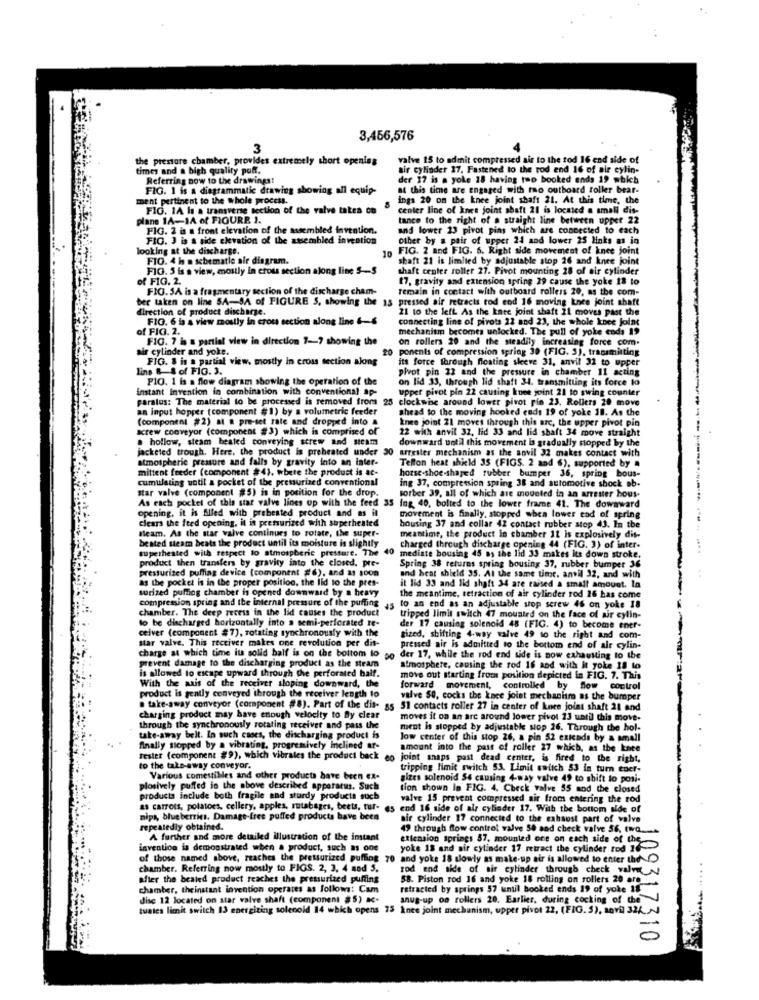
3,456,576
3
the prestare chamber, provides extremely short opening
valve 15 to admit compressed air to the tod 16 end side of
times and a bigh quality poff.
Bir cylinder 17. Fastened to the rod end 16 of ale cylin-
Referring now to the drawings!
der 17 is a yole 18 having two booked ends 19 which
FIG. 1 is a diagrammatic drawing showing all equip-
84 this time are engaged with two outboard roller bear-
ment pertinent to the whole process.
ings 20 on the knee joint shaft 21. At this time, the
FIG. 1A la a transverse section of the valve tatea co
center line of knee joint shaft 21 is located a small dis-
plane 1A-14 of FIGURE 1.
tance to the right of a straight line between upper 22
FIG. 2 is a front elevation of the assembled invention.
and lower 23 pivot pins which are connected to each
FIG. 3 is a side elevation of the assembled invention
other by a pair of upper 24 and lower 25 links as in
looking at the discharge.
FIG. 2 and FIG. 6. Right side movement of knee joint
FIO. 4 hs a sebematie air diagram.
10
shaft 21 is limited by adjustable stop 26 and knee joint
FIG. 5 is a view, mostly In cross section along line $-$
shaft center roller 27. Pivot mounting 28 of air cylinder
of FIG. 2.
17, gravity and extension spring 29 cause the yoke 18 to
FIG. SA is a fragmentary section of the discharge cham-
remain in contact with outboard rollers 20, as the com-
ber taken on line SA -- JA of FIGURE S, showing the 13 pressed air retracts tod end 16 moving knee joint shaft
direction of product discharge.
21 to the left As the kate joint shaft 21 moves past the
FIG. 6 is a view mostly in crous section along line 6-6
connecting line of pivots 22 and 23, the whole knee joint
of FIG. 2.
mechanism becomes unlocked. The pull of yoke coda 19
FIG. 7 is a partial view in direction 7 -- 7 showing the
on rollers 20 and the steadily increasing force com.
air cylinder and yoke.
20 ponents of compression spring 39 (FIG. 5). transmitting
FIG. 8 is a partial view, mostly in cross tection along
its force through floating skeve 31, anvil 32 to upper
lins & & of FIG. 3.
pivot pin 22 and the pressure in chamber 11 acting
PIG. 1 is a flow diagram showing the Operation of the
on lid 33, through lid shaft 34. transmitting its force to
instant Invention in combination with conventional ap-
upper pivot pin 22 causing knee joint 21 to swing counter
paralos: The material to be processed is removed from 25 clockwise around lower pivot rin 23. Rollers 28 move
an input hopper (component $1) by a volumetric feeder
shead to the moving hooked ends 19 of yoke 18. As the
(component #2) al a pre-set rate and dropped into &
knee joint 21 moves through this arc, the upper pivot pin
screw conveyor (component #3) which is comprised of
22 with anvil 32, lid 33 and lid shaft 34 move straight
. hollow, steam heated conveying screw and steam
downward until this movement is gradually mopped by the
jacketed trough, Here, the product is preheated under 30 arrester mechanism as the anvil 32 makes contact with
atmospheric pressure and falls by gravity into an inter
Teflon heat shield 35 (FIGS. 2 and 6), supported by a
mittent feeder (component #4), where the product is ac-
cumulating uotil a pocket of the pressurized conventional
ing 37, compression spring 38 and automotive shock ob-
horse-shoe-shaped rubber bumper 36, spring bous-
star valve (component #5) is in position for the drop.
As each pocket of this star valve lines up with the feed
sorber 39, all of which are mounted in an arrester hous-
As each pocket of this stat valve lines up with the feed 35 ing, 40, bolted to the lower frame 41. The downward
opening, it is Slied with prebested product and as it
clears the feed opening. it is pressurized with superheated
movement is finally, stopped when lower cad of spring
housing 37 and collar 42 contact rubber stop 43. In the
bested steam beats the product until its moisture is slightly
team. As the star valve continues to rotate, the super-
meantime, the product in chamber 11 Is explosively dis-
superheated with respect to atmospheric pressure. The
charged through discharge opening 44 (FIG. 3) of inter-
product then transfers by gravity into the closed. pre-
40 mediate bousing 45 as the lid 33 makes Its down stroke.
pressurized puffing device (component #6), and as soon
Spring 38 returns spring bousing 37, rubber bumper 36
as the pocket is in the proper position, the lid to the pres-
and heat shield 35. At the same time. anvil 32, and with
surized puffing chamber is opened downward by a heavy
it lid 33 and lid shaft 34 are raised a small amount. In
the meantime, tetraction of air cylinder rod 16 has come
-
compression spring and the internal pressure of the puffing
chamber. The deep recess in the lid causes the product
45
to an end as an adjustable stop serew 46 on yoke 18
to be discharged horizontally into a semi-perforated re-
tripped limit switch 47 mounted on the face of air cylin-
ceiver (component #7), rotating synchronously with the
der 17 causing solenoid 48 (FIG. 4) to become ener-
star valve. This receiver makes one revolution per dit-
tized, shifting 4-way valve 49 to the right and com-
charge at which time its solid half is on the bottom to
pressed air is admitted to the bottom end of air cylin-
der 17, while the rod end side is now cahausting to the
prevent damage to the discharging product as the steam
atmosphere, causing the rod 16 and with it yoke 18 to
is allowed to escape upward through the perforated half.
move out starting from position depicted in FIG. 7. This
With the axis of the receiver sloping downward, the
forward
movement,
Controlled by Sow
control
product is gently conveyed through the receiver length to
valve SO, cocks the knee joint mechanism as the bumper
. take-away conveyor (component #8). Part of the dis- 85 51 contacts roller 27 in center of knee joint shaft 21 and
charging product may have enough velocity to Bly clear
moves it on an arc around lower pivot 23 until this move-
through the synchronously rotating receiver and pass the
ment is stopped by adjustable sop 26. Through the hol-
take-away belt. In such cases, the discharging product is
low center of this stop 26, a pin 52 exicada by a small
finally stopped by a vibrating. progremively inclined af-
amount into the past of roller 27 which, as the knee
fester (component #9), which vibrates the product back
fester (component #9), which vibrales the product back eo joint snaps past dead center, is fired to the right,
to the take-away conveyor.
tripping limit switch 53. Limit switch 53 in turn ener-
Various comestibles and other products have been ex-
sizes solenoid $4 causing 4-way valve 49 to shift to posi-
plosively puffed in the above described apparatus. Such
tion shown in FIG. 4. Check valve 55 and the closed
products include both fragile and sturdy products such
valve 15 prevent compressed air from entering the rod
as carrots, potatoes, cellery, apples, rutabages, beets, tur-
end 16 side of air cylinder 17. With the bottom alde of
nipa, blueberries, Damage-free puffed products have been
air cylinder 17 connected to the exhaust part of valve
repeatedly obtained.
49 through flow control valve 50 and check valve 56, two.
A further and more detailed illustration of the instant
extension springs 37, mounted one on each side of the
invention is demonstrated when a product, such as one
yoke 18 and air cylinder 17 retract the cylinder rod 16-
of those named above, reaches the pressurized puffing 70 and yoke 18 slowly as make-up air is allowed to enter the
chamber. Referring now mostly to FIGS. 2, 3, 4 and 5.
rod and side of air cylinder through check value
after the bealed product reaches the pressurized puffing
58. Piston rod 16 and yoke 18 rolling on sollers 20 are
chamber, theinstant invention operates as follows: Cam
retracted by springs 57 until booked ends 19 of yoke 18
dise 12 located on star valve shaft (component #5) M.
nus-up on rollers 20. Earlier, during cocking of the
tuates limit switch 13 energizing solenoid 14 which opens 75 knee joint mechanism, upper pivot 22, (FIG. 5), sovil 324
109317310